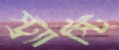
স্ট্র্যাস্টি